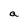
Character: a